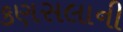
કણસલાની